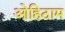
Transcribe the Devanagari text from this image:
ओहिठाम